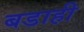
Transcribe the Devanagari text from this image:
बडाही